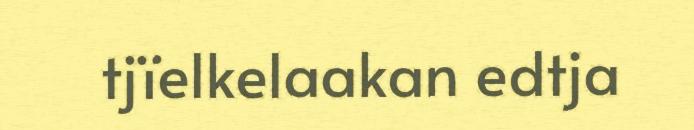
tjïelkelaakan edtja